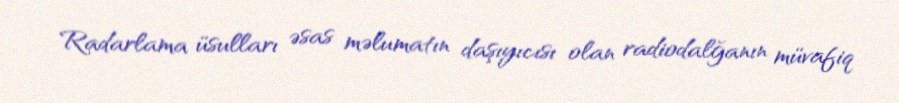
Radarlama üsulları əsas məlumatın daşıyıcısı olan radiodalğanın müvafiq